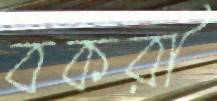
বকরী